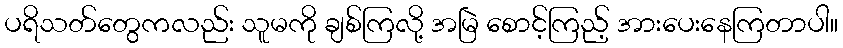
ပရိသတ်တွေကလည်း သူမကို ချစ်ကြလို့ အမြဲ စောင့်ကြည့် အားပေးနေကြတာပါ။